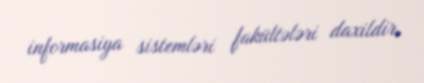
informasiya sistemləri fakültələri daxildir.